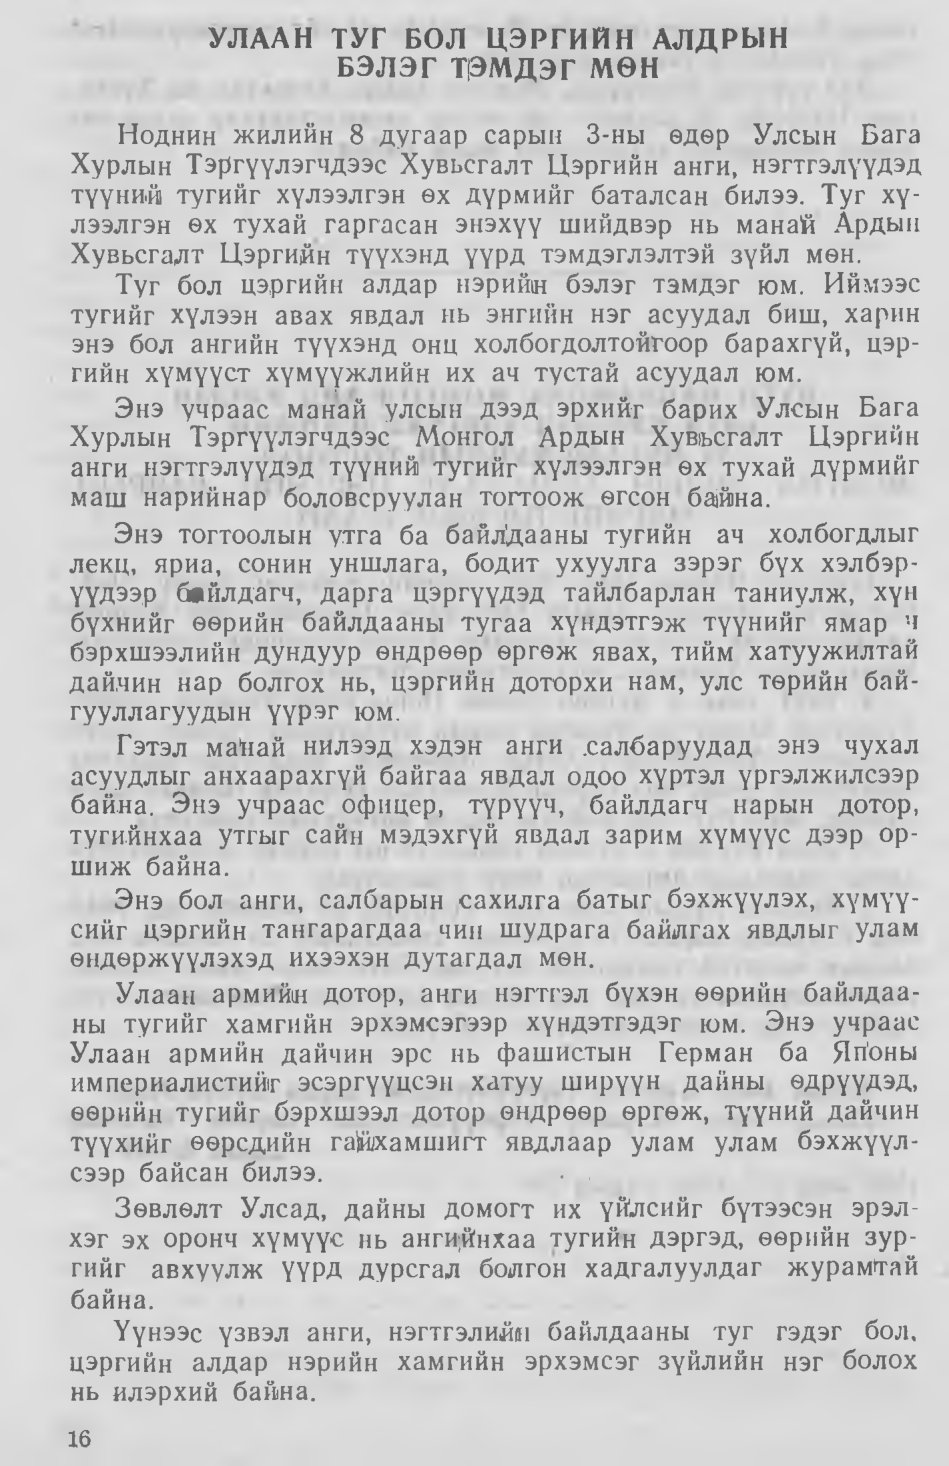
Language: mn